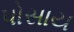
પોસાય